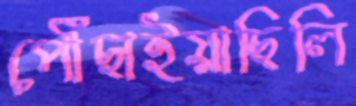
পৌঁছাইয়াছিলি